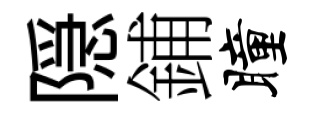
隠鋪瞳